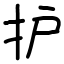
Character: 护